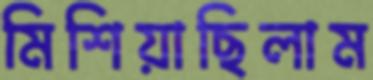
মিশিয়াছিলাম